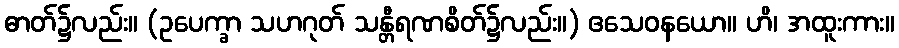
ဓာတ်၌လည်း။ (ဥပေက္ခာ သဟဂုတ် သန္တီရဏစိတ်၌လည်း။) ဧသေဝနယော။ ဟိ၊ အထူးကား။